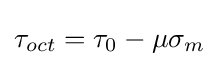
\tau _{oct}=\tau _{0}-\mu \sigma _{m}